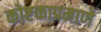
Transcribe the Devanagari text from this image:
कोष्टकाप्रमाणे